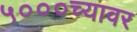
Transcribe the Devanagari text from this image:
५०००च्यावर